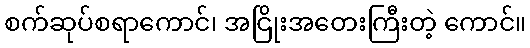
စက်ဆုပ်စရာကောင်၊ အငြိုးအတေးကြီးတဲ့ ကောင်။